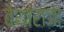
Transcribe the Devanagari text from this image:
बेथाराजा